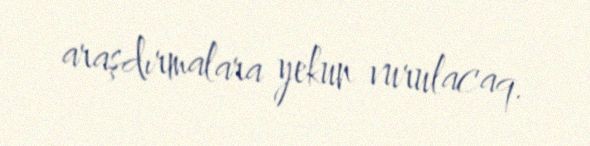
araşdırmalara yekun vurulacaq.